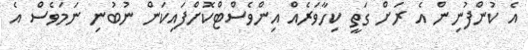
އެ ކުންފުނިން އެ ރަށް ގަތީ ކިހާވަރެއް އިންވެސްޓްކޮށްފައިކަން ނުބުނި ނަމަވެސް އެ